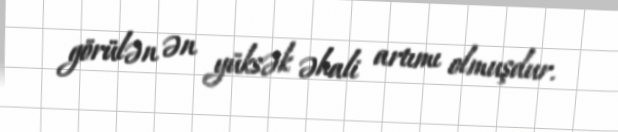
görülən ən yüksək əhali artımı olmuşdur.